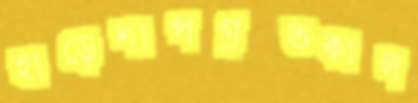
হাড়েশাপগ্রস্তকাল